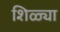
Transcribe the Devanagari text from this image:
शिळ्या